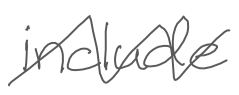
Text: include
Cross-out: zig-zag
Writing tool: digital_gray